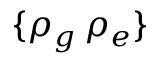
\{ \rho _ { g } \, \rho _ { e } \}